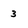
Character: 3